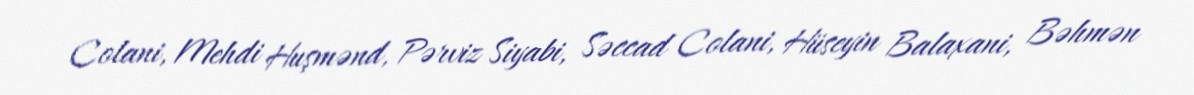
Colani, Mehdi Huşmənd, Pərviz Siyabi, Səccad Colani, Hüseyin Balaxani, Bəhmən